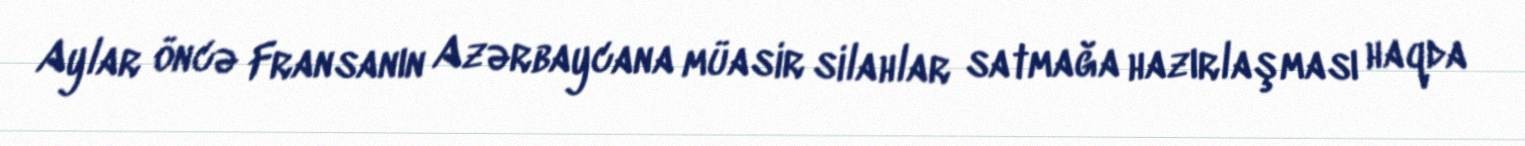
Aylar öncə Fransanın Azərbaycana müasir silahlar satmağa hazırlaşması haqda